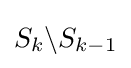
S_{k}\backslash S_{k-1}